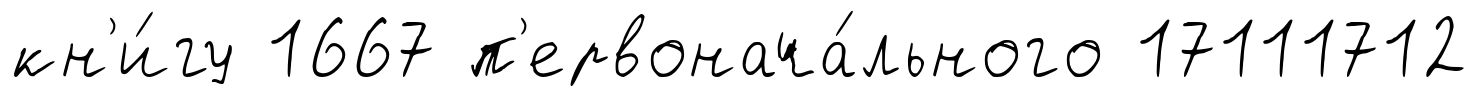
кн'и́гу 1667 п'ервонача́льного 17111712